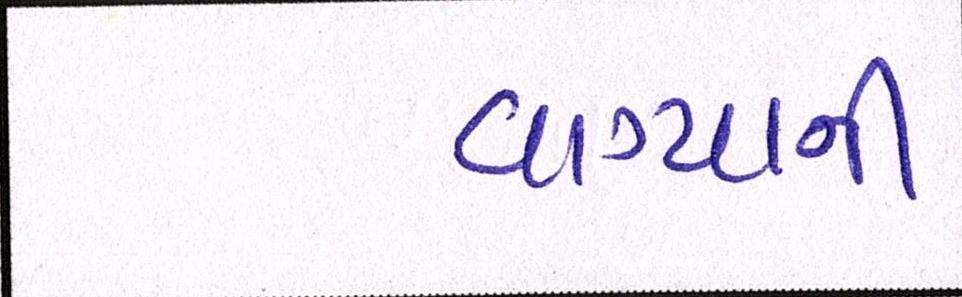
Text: વાગ્યાની